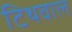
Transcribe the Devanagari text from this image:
टिथवाल